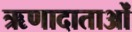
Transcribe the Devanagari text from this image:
ऋणादाताओं